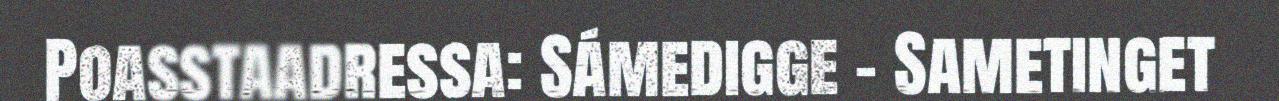
Poasstaadressa: Sámedigge - Sametinget